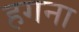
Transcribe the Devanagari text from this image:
हगना